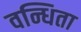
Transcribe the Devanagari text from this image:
वन्धिता